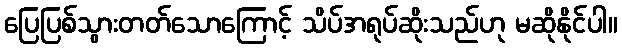
ပြေပြစ်သွားတတ်သောကြောင့် သိပ်အရုပ်ဆိုးသည်ဟု မဆိုနိုင်ပါ။